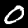
Label: 0